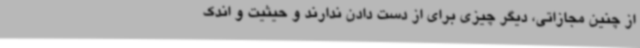
از چنین مجازاتی، دیگر چیزی برای از دست دادن ندارند و حیثیت و اندک